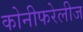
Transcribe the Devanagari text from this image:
कोनीफरेलीज